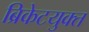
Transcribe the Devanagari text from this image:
ब्रिकेटयुक्त